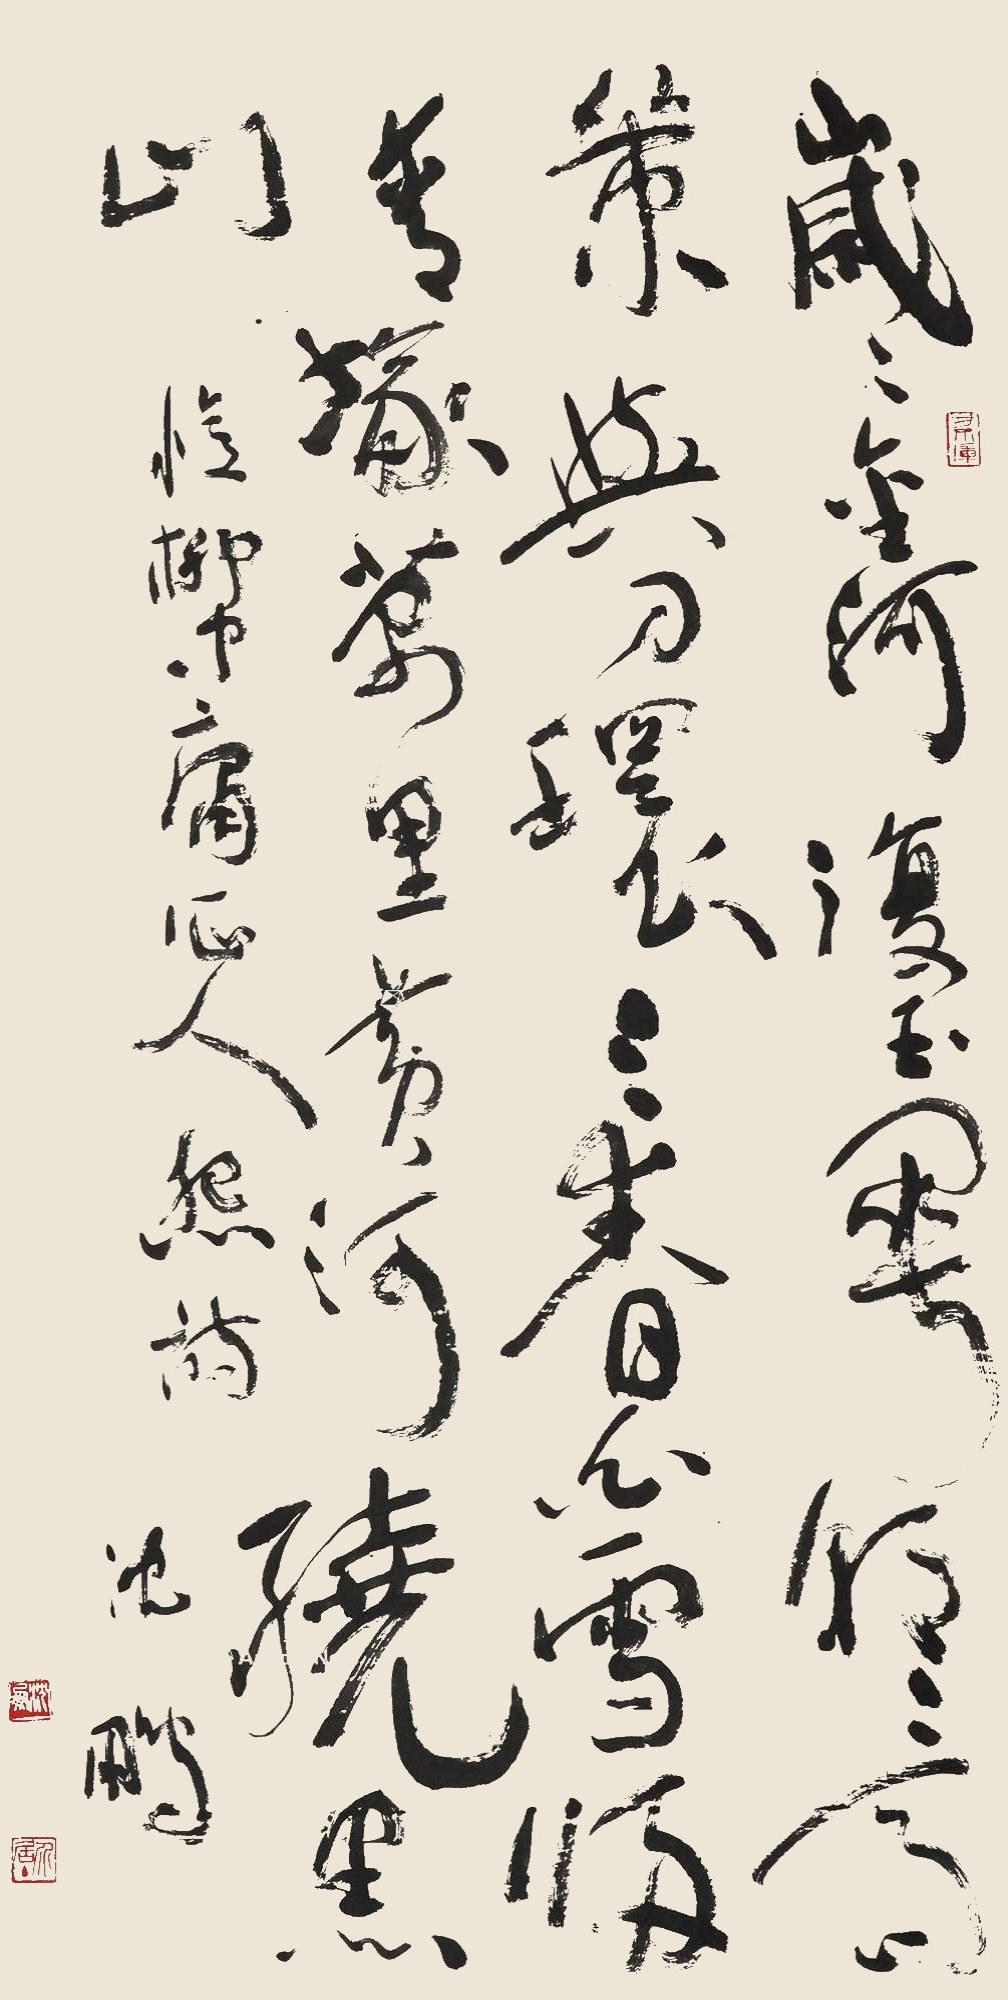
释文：岁岁金河复玉关，朝朝马策与刀环。三春白雪归青冢，万里黄河绕黑山。临柳中庸作《人征怨》，沈鹏。